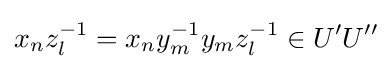
x_{n}z_{l}^{-1}=x_{n}y_{m}^{-1}y_{m}z_{l}^{-1}\in U'U''